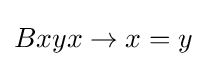
Bxyx\rightarrow x=y